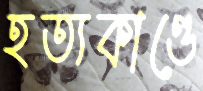
হত্যকাণ্ডে